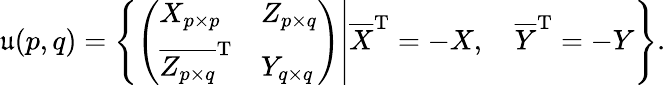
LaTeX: {\mathfrak{u}}(p,q)=\left\{ \left.\left({\begin{array}{ll}{X_{p\times p}}&{Z_{p\times q}}\\ {{\overline{{Z_{p\times q}}}}^{\mathrm{T}}}&{Y_{q\times q}}\end{array}}\right)\right|{\overline{{X}}}^{\mathrm{T}}=-X,\quad{\overline{{Y}}}^{\mathrm{T}}=-Y\right\} .